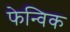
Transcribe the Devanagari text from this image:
फेन्विक